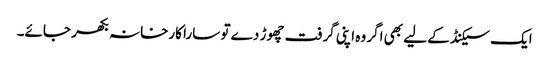
ایک سیکنڈ کے لیے بھی اگر وہ اپنی گرفت چھوڑ دے تو سارا کارخانہ بکھر جائے۔